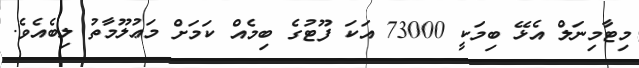
މިޓާމިނަލް އެޅޭ ބިމަކީ 73000 އަކަ ފޫޓުގެ ބިމެއް ކަމަށް މަޢުލޫމާތު ލިިބެއެވެ.